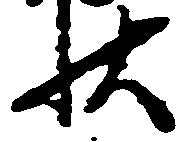
状